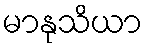
မာနုသိယာ